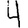
Digit: 4